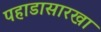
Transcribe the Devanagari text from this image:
पहाडासारखा